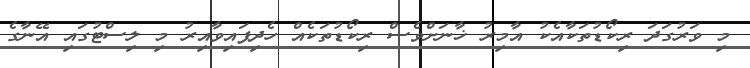
މި ވަރުގަދަ ރިކޯޑުތަކާއެކު އާމިރު ޚާނަށްވެސް ރިކޯޑުތަކެއް ހެދިފައިވާއިރު މި ލިސްޓުގައި އޭނާގެ